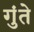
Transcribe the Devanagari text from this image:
गुंते